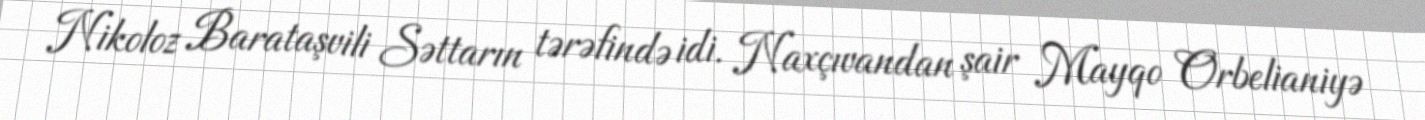
Nikoloz Barataşvili Səttarın tərəfində idi. Naxçıvandan şair Mayqo Orbelianiyə